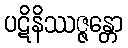
ပဋိနိဿဇ္ဇန္တော